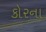
કોરના